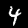
Label: 4